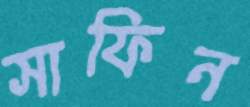
সাফিন